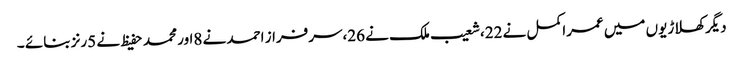
دیگرکھلاڑیوں میں عمراکمل نے 22،شعیب ملک نے 26،سرفراز احمد نے 8اور محمد حفیظ نے 5رنز بنائے ۔